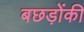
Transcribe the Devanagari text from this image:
बछड़ोंकी